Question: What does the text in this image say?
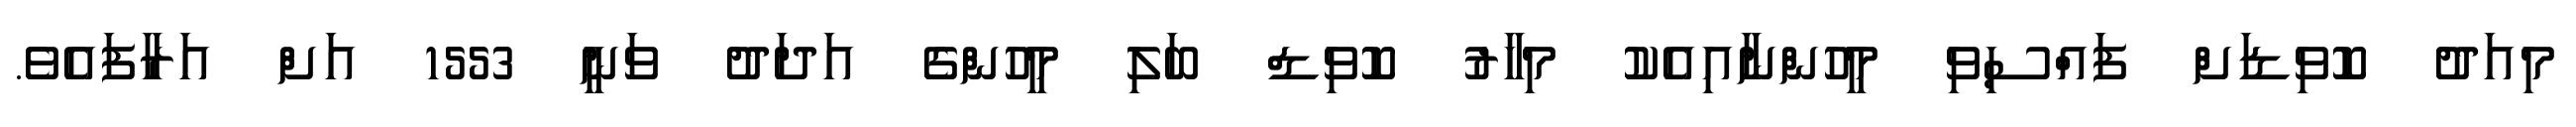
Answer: މިއަދު ކޮވިޑަށް ފައްސިވި މީހުންނާއިއެކު މިހާރު ކޮވިޑް ބަލި މީހުންގެ އަދަދު ވަނީ 1553 އަށް އަރާފައެވެ.